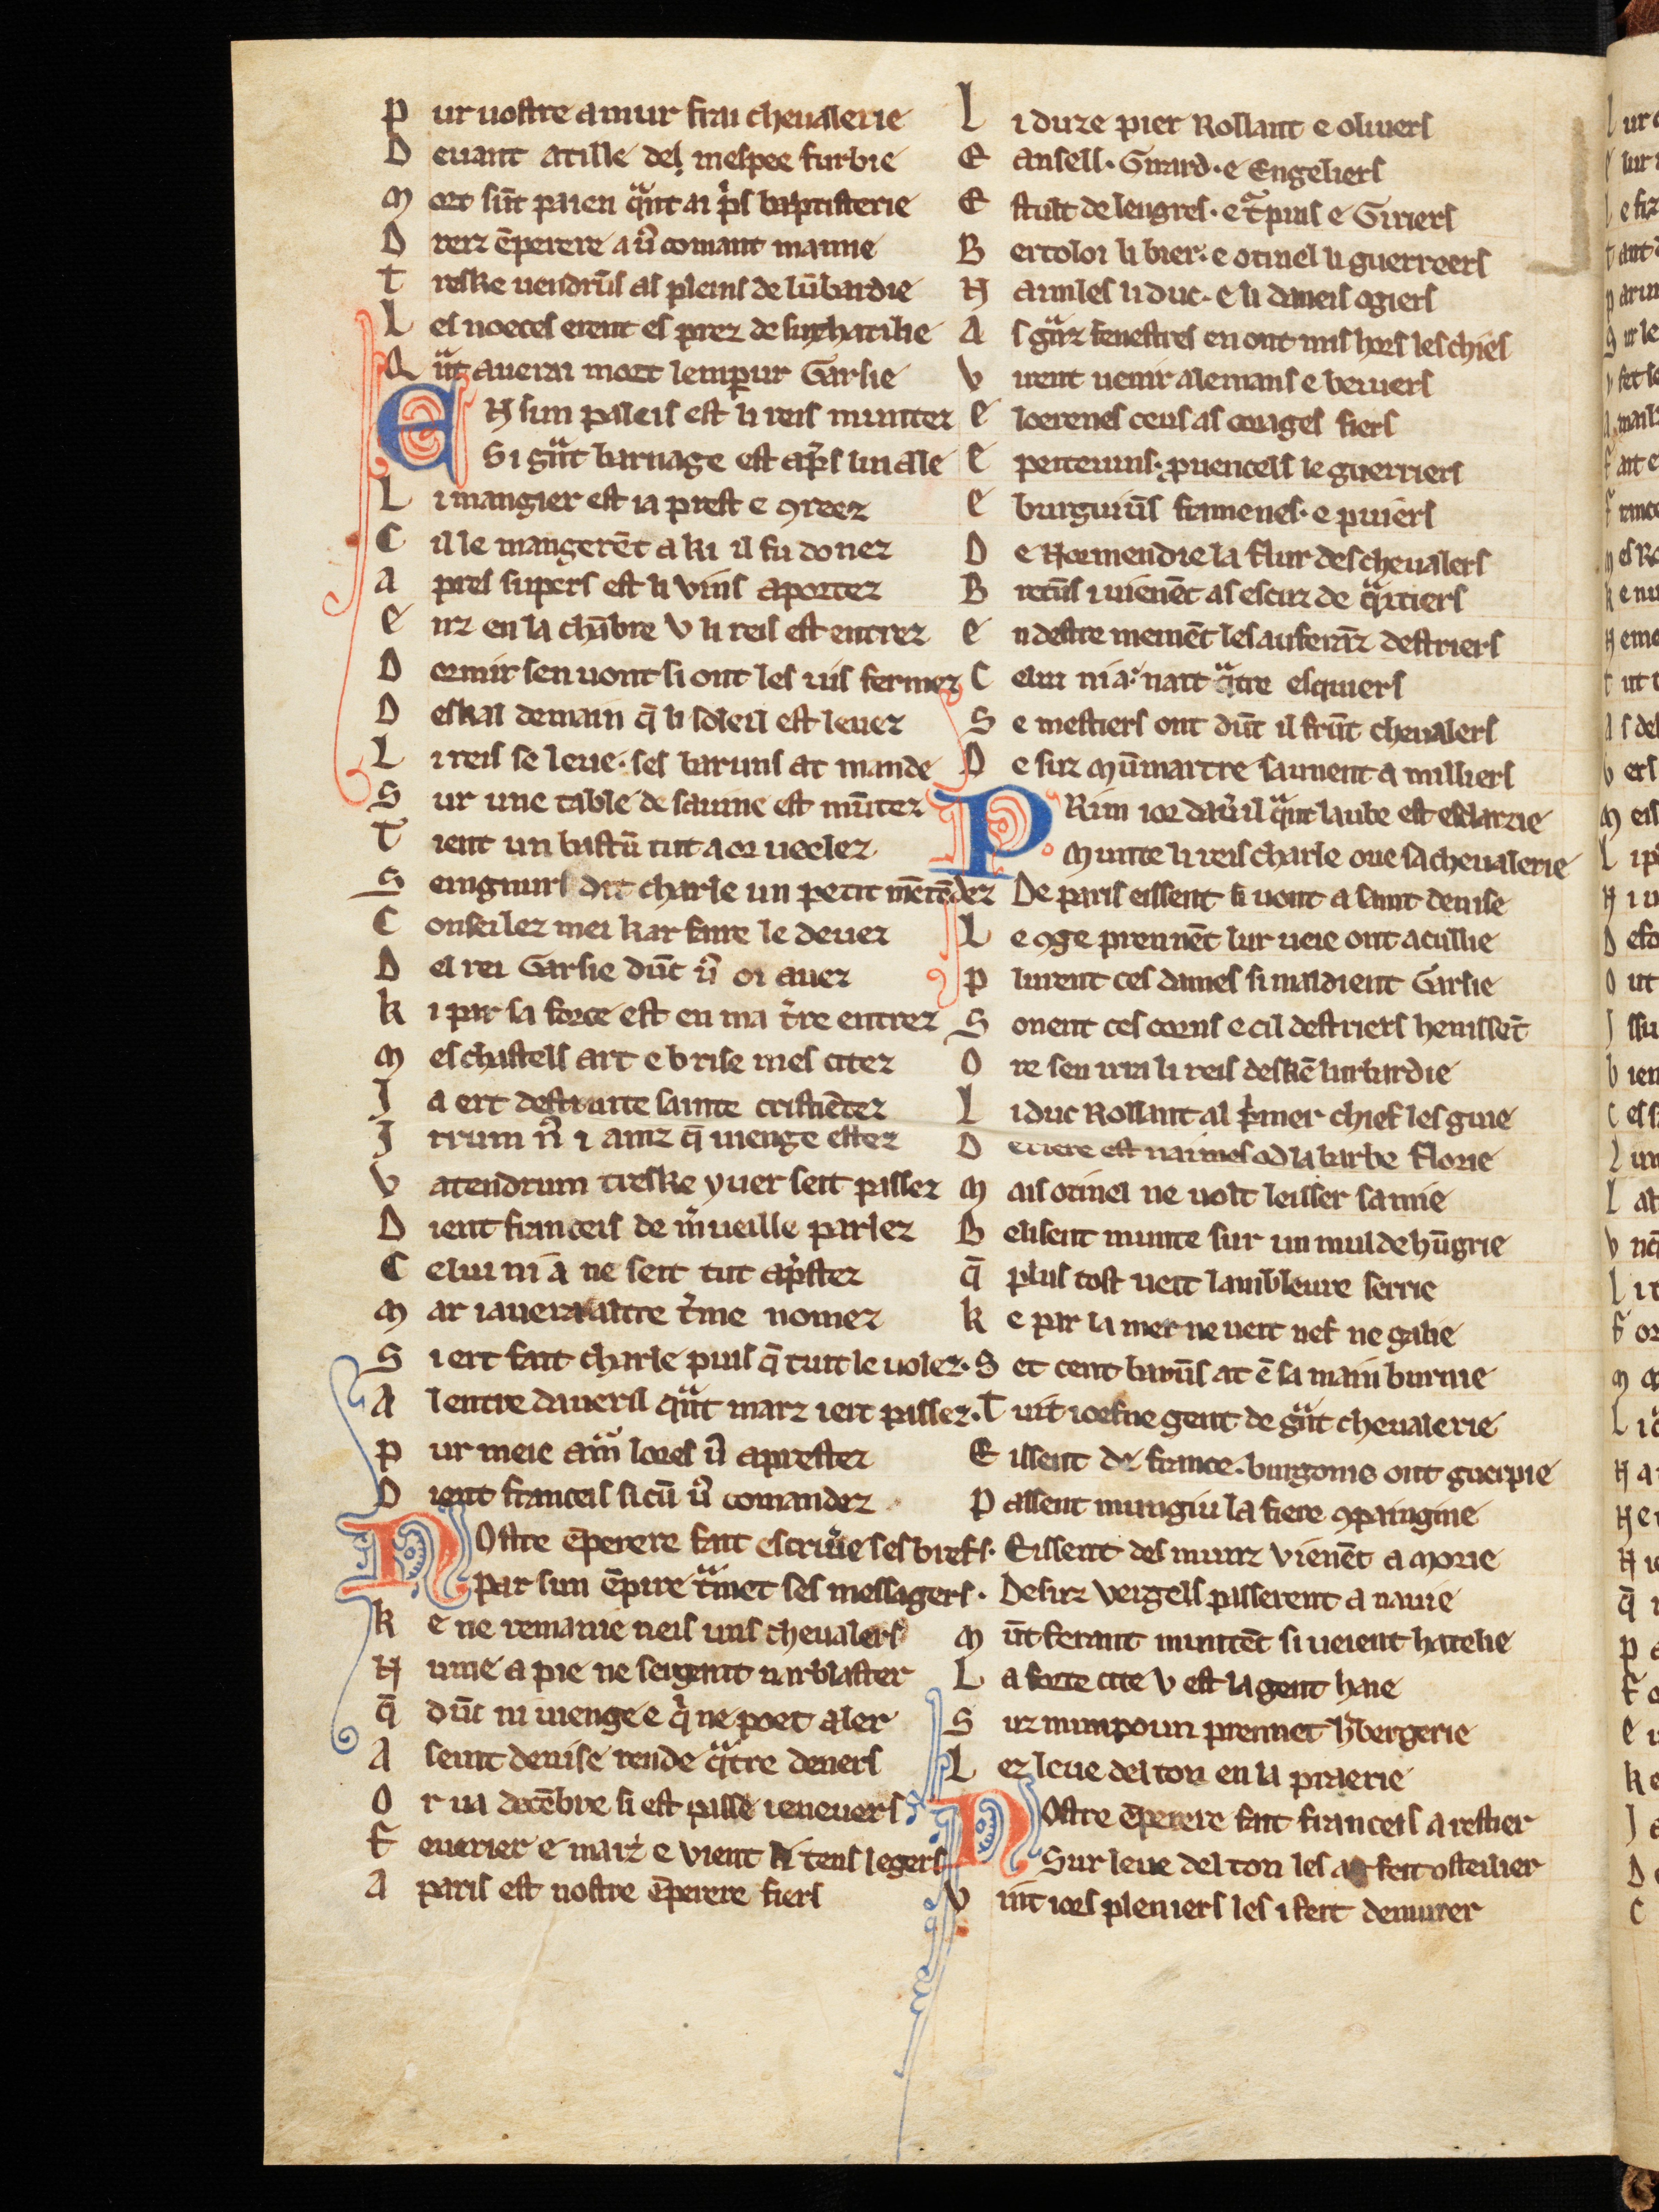
Shelfmark: Cologne, Bodmer, 168
Century: 13